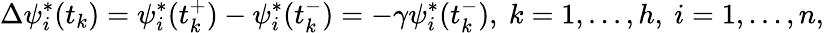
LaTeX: \Delta\psi_{i}^{*}(t_{k})=\psi_{i}^{*}(t_{k}^{+})-\psi_{i}^{*}(t_{k}^{-})=-\gamma\psi_{i}^{*}(t_{k}^{-}),\ k=1,...,h,\ i=1,...,n,